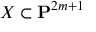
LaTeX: X \subset \mathbf { P } ^ { 2 m + 1 }